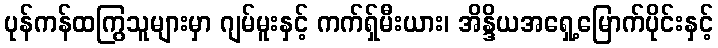
ပုန်ကန်ထကြွသူများမှာ ဂျမ်မူးနှင့် ကက်ရှ်မီးယား၊ အိန္ဒိယအရှေ့မြောက်ပိုင်းနှင့်